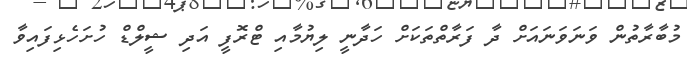
މުބާރާތުން ވަނަވަނައަށް ދާ ފަރާތްތަކަށް ހަދާނީ ލިޔުމާއި ޓްރޮފީ އަދި ޝީލްޑް ހުށަހެޅިފައިވާ